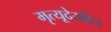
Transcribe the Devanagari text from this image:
मृत्यूदेखील